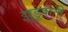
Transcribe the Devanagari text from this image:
झुडूपांनी